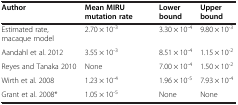
<table><thead><tr><td><b>Author</b></td><td><b>Mean MIRU mutation rate</b></td><td><b>Lower bound</b></td><td><b>Upper bound</b></td></tr></thead><tbody><tr><td>Estimated rate, macaque model</td><td>2.70 × 10<sup>-3</sup></td><td>3.30 × 10<sup>-4</sup></td><td>9.80 × 10<sup>-3</sup></td></tr><tr><td>Aandahl et al. 2012</td><td>3.55 × 10<sup>-3</sup></td><td>8.51 × 10<sup>-4</sup></td><td>1.15 × 10<sup>-2</sup></td></tr><tr><td>Reyes and Tanaka 2010</td><td>None</td><td>7.00 × 10<sup>-4</sup></td><td>1.50 × 10<sup>-2</sup></td></tr><tr><td>Wirth et al. 2008</td><td>1.23 × 10<sup>-4</sup></td><td>1.96 × 10<sup>-5</sup></td><td>7.93 × 10<sup>-4</sup></td></tr><tr><td>Grant et al. 2008*</td><td>1.05 × 10<sup>-5</sup></td><td>None</td><td>None</td></tr></tbody></table>